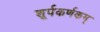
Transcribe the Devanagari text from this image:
शूर्पकर्णकम्